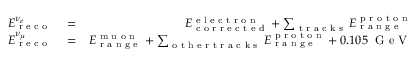
\begin{array} { r l r } { E _ { \textrm { r e c o } } ^ { \nu _ { e } } } & { { } = } & { E _ { \textrm { c o r r e c t e d } } ^ { \textrm { e l e c t r o n } } + \sum _ { \textrm { t r a c k s } } E _ { \textrm { r a n g e } } ^ { \textrm { p r o t o n } } } \\ { E _ { \textrm { r e c o } } ^ { \nu _ { \mu } } } & { { } = } & { E _ { \textrm { r a n g e } } ^ { \textrm { m u o n } } + \sum _ { \textrm { o t h e r t r a c k s } } E _ { \textrm { r a n g e } } ^ { \textrm { p r o t o n } } + 0 . 1 0 5 \; \textrm { G e V } } \end{array}